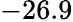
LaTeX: -26.9